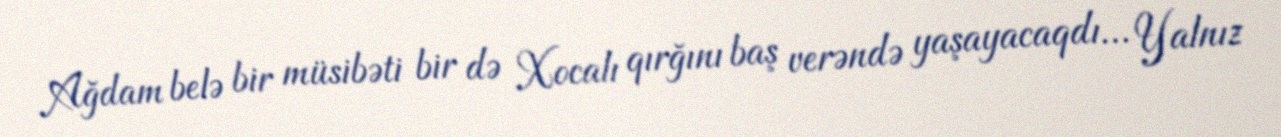
Ağdam belə bir müsibəti bir də Xocalı qırğını baş verəndə yaşayacaqdı... Yalnız